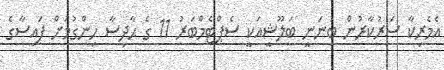
އެމެރިކާ ސަރުކާރުން ބުނަނީ ބަލޫޝީއަކީ ސެޕްޓެމްބަރު 11 ގެ ޙާދިސާ ހިންގުމަށް ފައިސާގެ